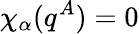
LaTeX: \chi_{\alpha}(q^{A})=0